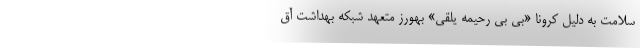
سلامت به دلیل کرونا «بی بی رحیمه یلقی» بهورز متعهد شبکه بهداشت آق